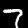
Digit: 7